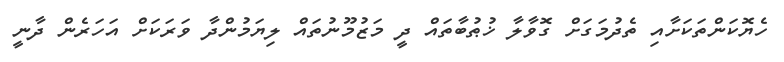
ހެޔޮކަންތަކަށާއި ތެދުމަގަށް ގޮވާލާ ޚުޠުބާތައް ދީ މަޒުމޫނުތައް ލިޔަމުންދާ ވަރަކަށް އަހަރެން ދާނީ